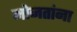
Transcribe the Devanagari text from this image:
मोजतांना